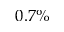
0 . 7 \%